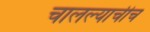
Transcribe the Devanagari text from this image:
चालल्याचीच